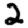
Digit: 2